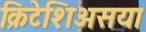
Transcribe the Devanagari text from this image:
क्रिटेशिअसया